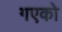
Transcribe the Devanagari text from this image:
गएको